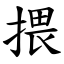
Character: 揋